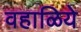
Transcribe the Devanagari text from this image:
वहाळिये